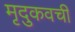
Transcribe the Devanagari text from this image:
मृदुकवची